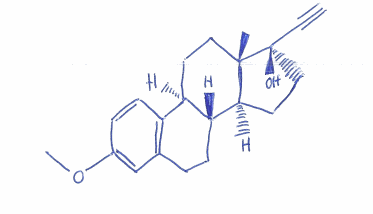
Simplified molecular-input line-entry system (SMILES) notation of the given molecule:
C[C@]12CC[C@H]3[C@H]([C@@H]1CC[C@]2(C#C)O)CCC4=C3C=CC(=C4)OC